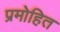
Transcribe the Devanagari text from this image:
प्रमोहित